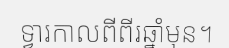
ទ្វារកាលពីពីរឆ្នាំមុន។